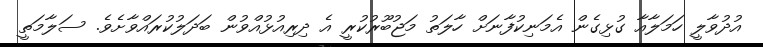
އުދުވާލީ ހަމަލާއާ ގުޅިގެން އެމަނިކުފާނަށް ހާލަތު މަޖުބޫރުކުރީ އެ ދިރިއުޅުއްވުން ބަދަލުކުރައްވާށެވެ. ސަލާމަތީ